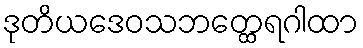
ဒုတိယဒေဝသဘတ္ထေရဂါထာ